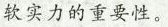
软实力的重要性。